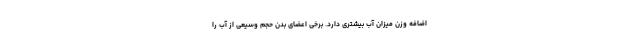
اضافه وزن میزان آب بیشتری دارد. برخی اعضای بدن حجم وسیعی از آب را